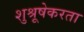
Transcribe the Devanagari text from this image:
शुश्रूषेकरता